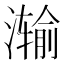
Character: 𮳗